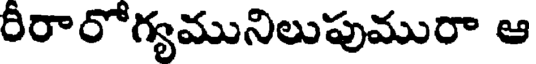
రీరారోగ్యమునిలుపుమురా ఆ